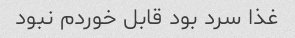
غذا سرد بود قابل خوردم نبود